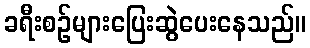
ခရီးစဉ်များပြေးဆွဲပေးနေသည်။